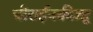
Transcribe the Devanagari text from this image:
चीराईनकीज्हू